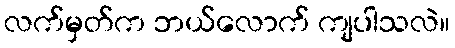
လက်မှတ်က ဘယ်လောက် ကျပါသလဲ။